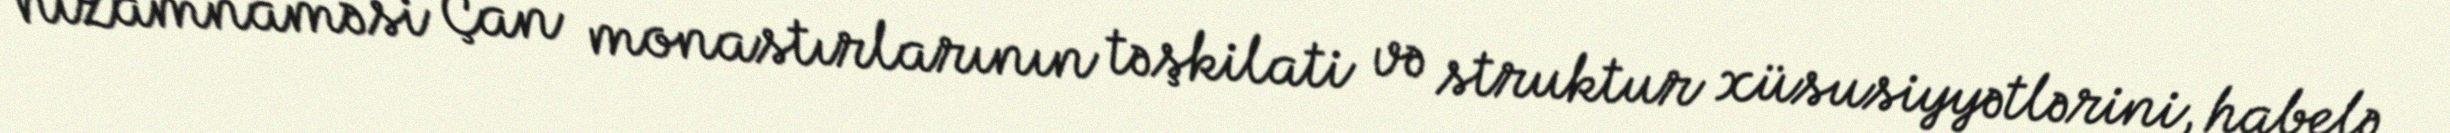
nizamnaməsi Çan monastırlarının təşkilati və struktur xüsusiyyətlərini, habelə